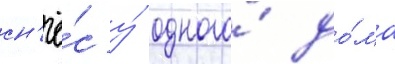
сн'ё́с у́ одного́ до́ма